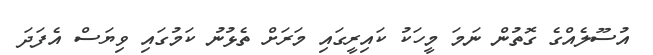
އުސޫލެއްގެ ގޮތުން ނަމަ މީހަކު ކައިރީގައި މަރަށް ތެޅުނު ކަމުގައި ވިޔަސް އެފަދަ